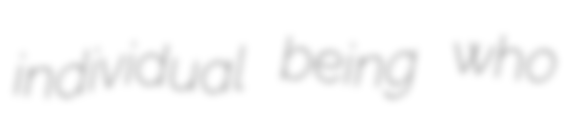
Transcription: individual being who